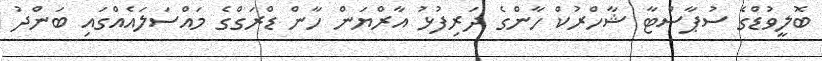
ބޮލީވުޑްގެ ސުޕާސްޓާ ޝާހްރުކް ހާންގެ ދަރިފުޅު އާރްޔަން ހާން ޑްރަގްގެ މައްސަލައެއްގައި ބަންދު